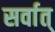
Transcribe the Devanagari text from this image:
सर्वात्